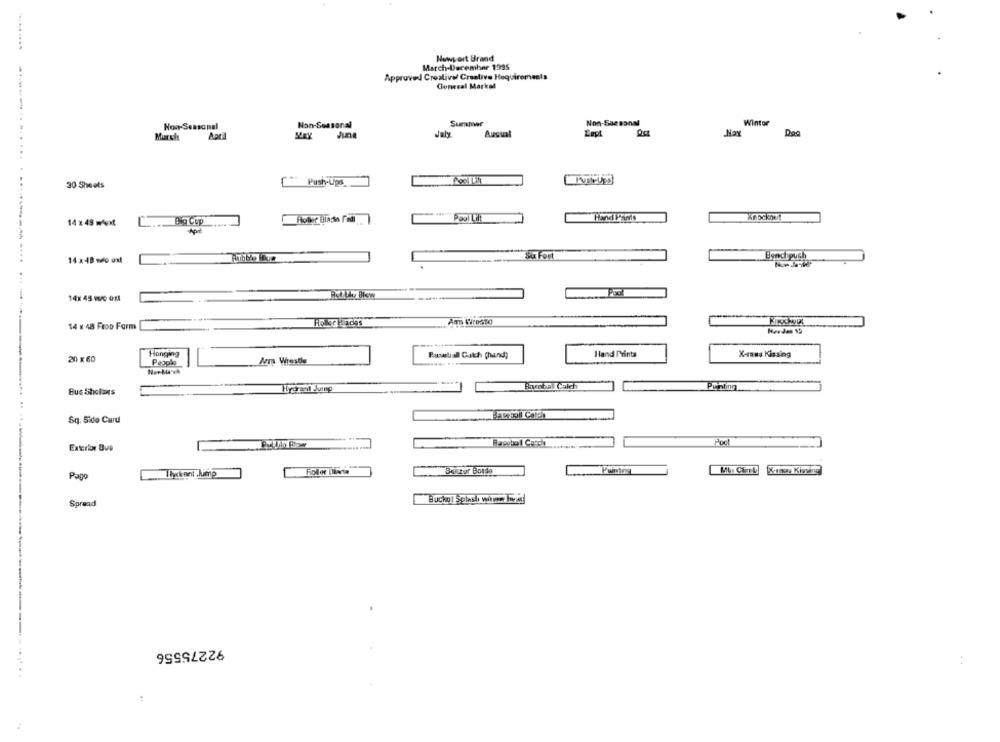
Newport Brand
March-December 1995
Approved Creative/ Creative Hequiroments
General Market
Non-Seasonal
Non-Seasonal
Summer
Non-Saesanal
Winter
July
Ausual
Nax
Murcie
.....-..............
30 Sheets
Push-Ups_
14 x 49 wMext
C
Eg Cop
Pool Lift
Hand Part
14 x 48 wo oxl
Benchpugh
14x 45 wo oxl
14 x 48 Froo Form
Ann Viresto
Honging
Baseball Catch (hand;
Hand Prints
X-mas Kissing
20 x 60
Papplo
Am Wrestle
Lyon bal Cuich
Bus Sholors
Sq. Side Card
Rapebo 1 Catch
Exterior Bus
Follor Diete
Bolzur Borda
Pago
Buckul Spladi witwen Twee!
Spread
92275556
. .